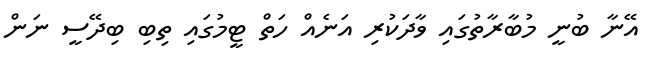
އޭނާ ބުނީ މުބާރާތުގައި ވާދަކުރި އަނެއް ހަތް ޓީމުގައި ތިބި ބިދޭސީ ނަން